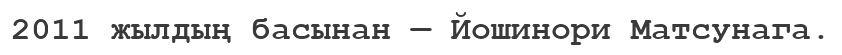
2011 жылдың басынан — Йошинори Матсунага.